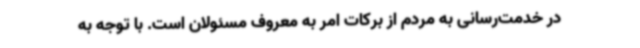
در خدمت‌رسانی به مردم از برکات امر به معروف مسئولان است. با توجه به